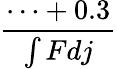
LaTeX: \frac{\cdots+0.3}{\int Fdj}